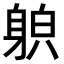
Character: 𨉍